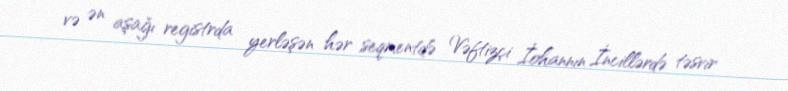
və ən aşağı registrda yerləşən hər seqmentdə Vəftizçi İohannın İncillərdə təsvir